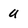
Character: u